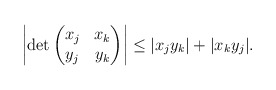
\begin{align*}\left |\det\begin{pmatrix} x_j & x_k \\ y_j & y_k \end{pmatrix}\right| \le |x_jy_k|+|x_ky_j|.\end{align*}